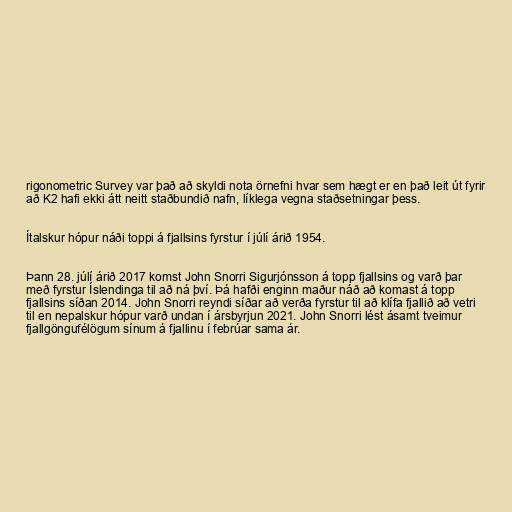
rigonometric Survey var það að skyldi nota örnefni hvar sem hægt er en það leit út fyrir
að K2 hafi ekki átt neitt staðbundið nafn, líklega vegna staðsetningar þess.

Ítalskur hópur náði toppi á fjallsins fyrstur í júlí árið 1954.

Þann 28. júlí árið 2017 komst John Snorri Sigurjónsson á topp fjallsins og varð þar
með fyrstur Íslendinga til að ná því. Þá hafði enginn maður náð að komast á topp
fjallsins síðan 2014. John Snorri reyndi síðar að verða fyrstur til að klífa fjallið að vetri
til en nepalskur hópur varð undan í ársbyrjun 2021. John Snorri lést ásamt tveimur
fjallgöngufélögum sínum á fjallinu í febrúar sama ár.